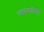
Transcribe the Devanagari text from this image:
कायृकारिणी